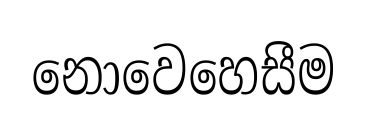
නොවෙහෙසීම